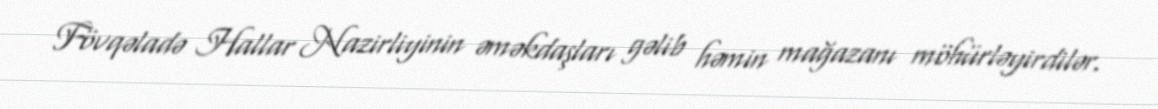
Fövqəladə Hallar Nazirliyinin əməkdaşları gəlib həmin mağazanı möhürləyirdilər.